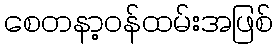
စေတနာ့ဝန်ထမ်းအဖြစ်